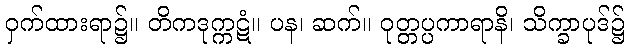
ဝှက်ထားရာ၌။ တိကဒုက္ကဋံ။ ပန၊ ဆက်။ ဝုတ္တပ္ပကာရာနိ၊ သိက္ခာပုဒ်၌